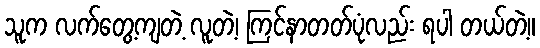
သူက လက်တွေ့ကျတဲ့ လူတဲ့၊ ကြင်နာတတ်ပုံလည်း ရပါ တယ်တဲ့။